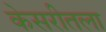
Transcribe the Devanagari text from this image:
केसरीतला